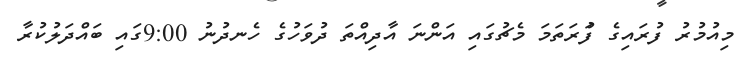
މިއުމުރު ފުރައިގެ ފުަރަތަމަ މެޗުގައި އަންނަ އާދިއްތަ ދުވަހުގެ ހެނދުނު 9:00ގައި ބައްދަލުކުރާ